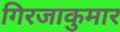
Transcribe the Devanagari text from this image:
गिरजाकुमार